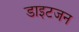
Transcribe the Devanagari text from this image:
डाइटजन